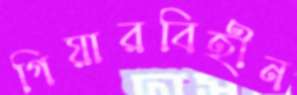
গিয়ারবিহীন